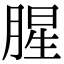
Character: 腥